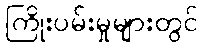
ကြိုးပမ်းမှုများတွင်